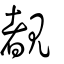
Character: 覩